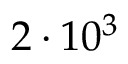
2 \cdot 1 0 ^ { 3 }